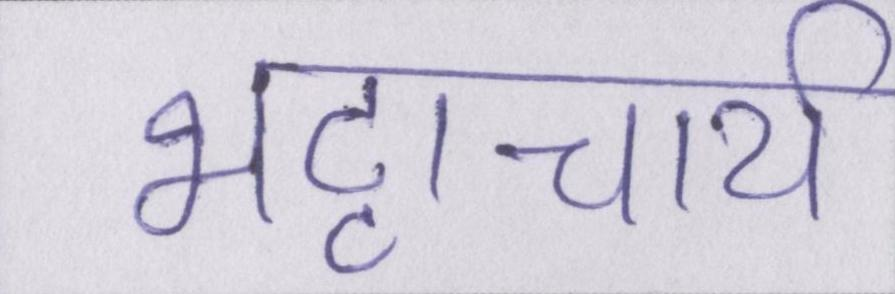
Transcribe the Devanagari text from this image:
भट्टाचार्य